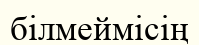
білмеймісің